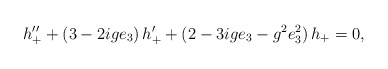
\begin{align*}h''_+ +(3 -2ige_3)\,h'_+ +(2- 3ige_3 -g^2e_3^2)\,h_+ =0,\end{align*}